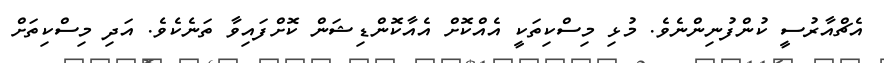
އެޗްއާރުސީ ކުންފުނިންނެވެ. މުޅި މިސްކިތަކީ އެއްކޮށް އެއާކޮންޑިޝަން ކޮށްފައިވާ ތަނެކެވެ. އަދި މިސްކިތަށް